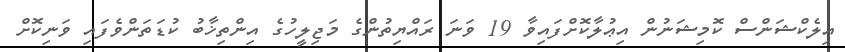
އިލެކްޝަންސް ކޮމިޝަނުން އިޢުލާކޮށްފައިވާ 19 ވަނަ ރައްޔިތުންގެ މަޖިލީހުގެ އިންތިޚާބު ކުޑަތަންވެފައި ވަނިކޮށް